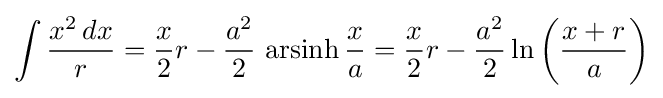
\int {\frac {x^{2}\,dx}{r}}={\frac {x}{2}}r-{\frac {a^{2}}{2}}\,\operatorname {arsinh} {\frac {x}{a}}={\frac {x}{2}}r-{\frac {a^{2}}{2}}\ln \left({\frac {x+r}{a}}\right)